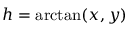
h = \arctan ( x , y )